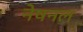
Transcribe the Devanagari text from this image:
नेषनल